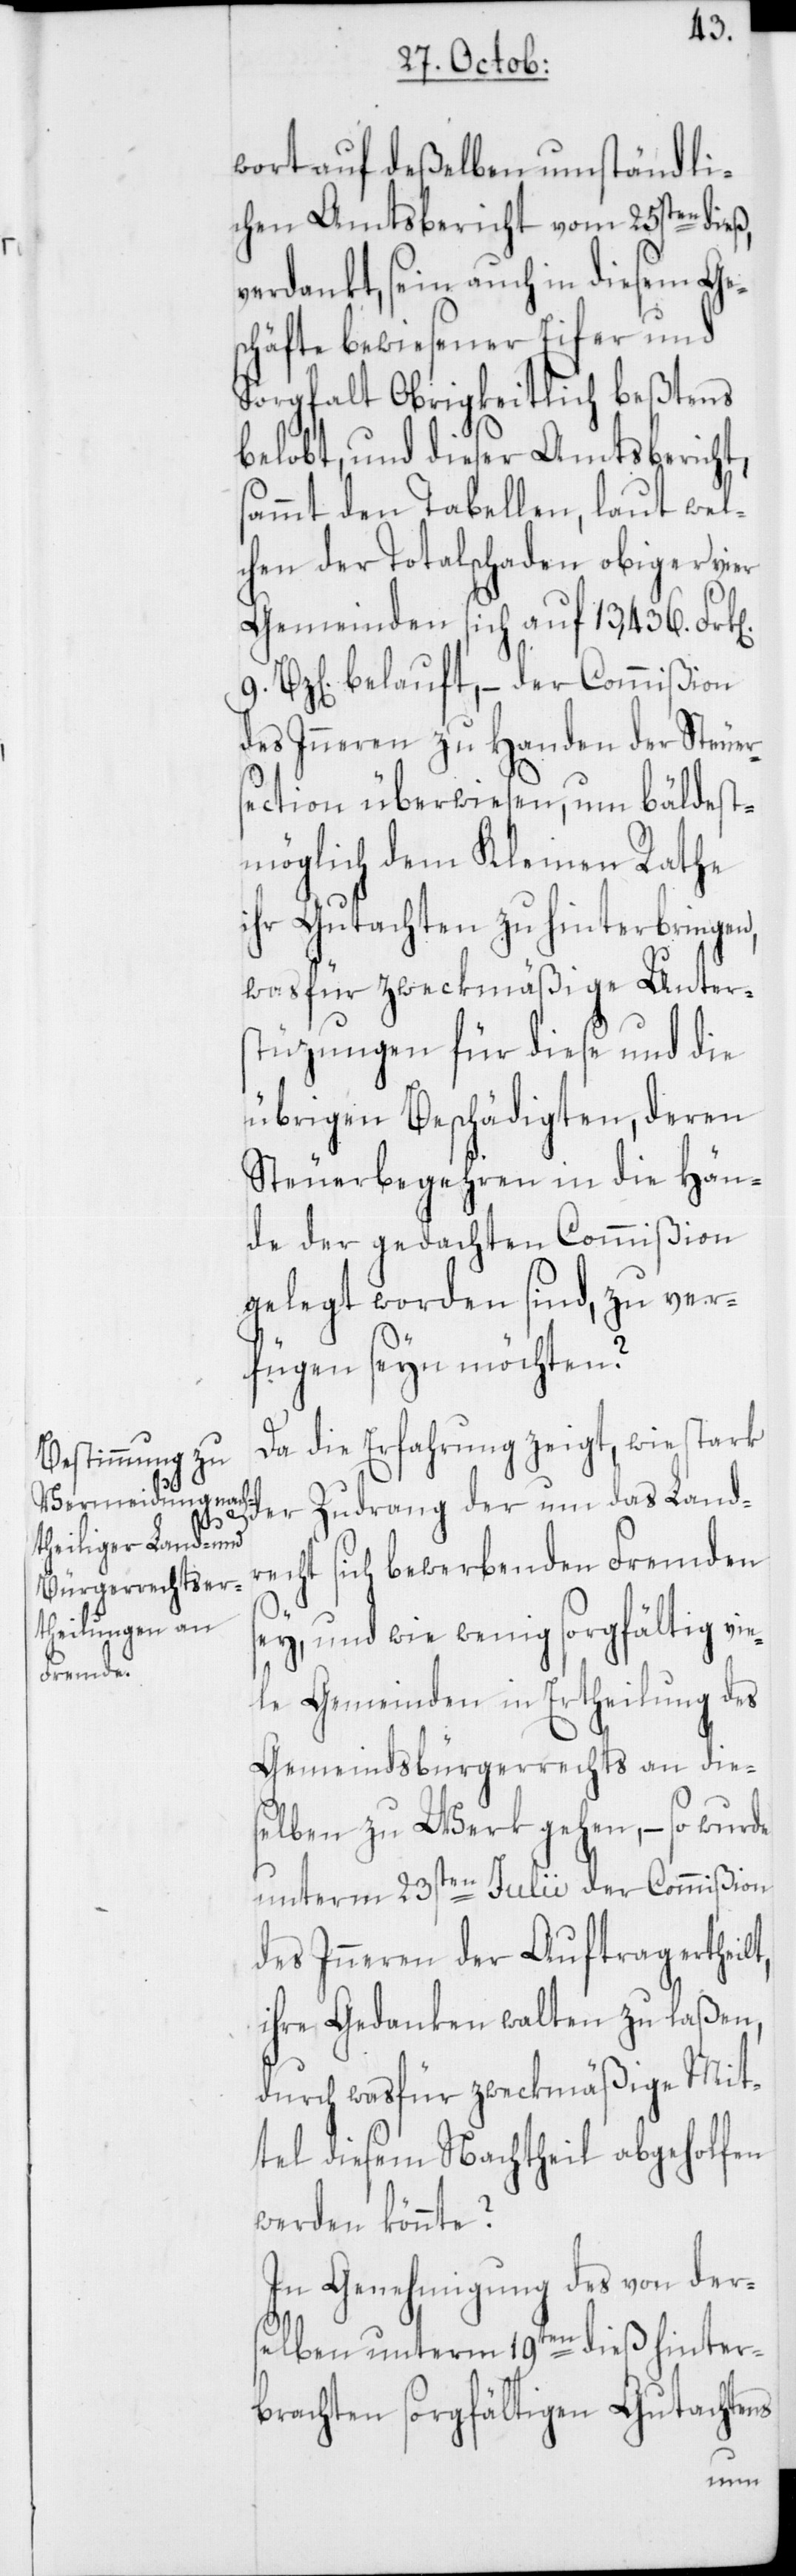
t,

wort auf deßelben umständli¬
chen Amtsbericht vom 25sten dieß,
verdankt, sein auch in diesem Ge¬
schäfte bewiesener Eifer und
Sorgfalt Obrigkeitlich beßtens
belobt, und dieser Amtsbericht,
ammt den Tabellen, laut wel¬
chen der Totalschaden obiger vier
Gemeinden sich auf 13,436. Fr¬
9. Bz[en] belauft, – der Commißion
des Inneren zu Handen der Steuer¬
section überwiesen, um bäldest¬
möglich dem Kleinen Rathe
ihr Gutachten zu hinterbringen,
was für zweckmäßige Unters¬
tüzungen für diese und die
übrigen Beschädigten, deren
Steuerbegehren in die Hän¬
de der gedachten Commißion
gelegt worden sind, zu ver¬
fügen seyn möchten?
Da die Erfahrung zeigt, wie stark
der Zudrang der um das Landr¬
echt sich bewerbenden Fremden
sey, und wie wenig sorgfältig vie¬
le Gemeinden in Ertheilung des
Gemeindsbürgerrechts an dies¬
elben zu Werk gehen, – so wurde
unterm 23sten Julii der Commißion
des Inneren der Auftrag ertheil¬
ihre Gedanken walten zu laßen,
durch was für zweckmäßige Mit¬
tel diesem Nachtheil abgeholfen
werden könnte?
In Genehmigung des von der¬
selben unterm 19ten dieß hinter¬
brachten sorgfältigen Gutachtens